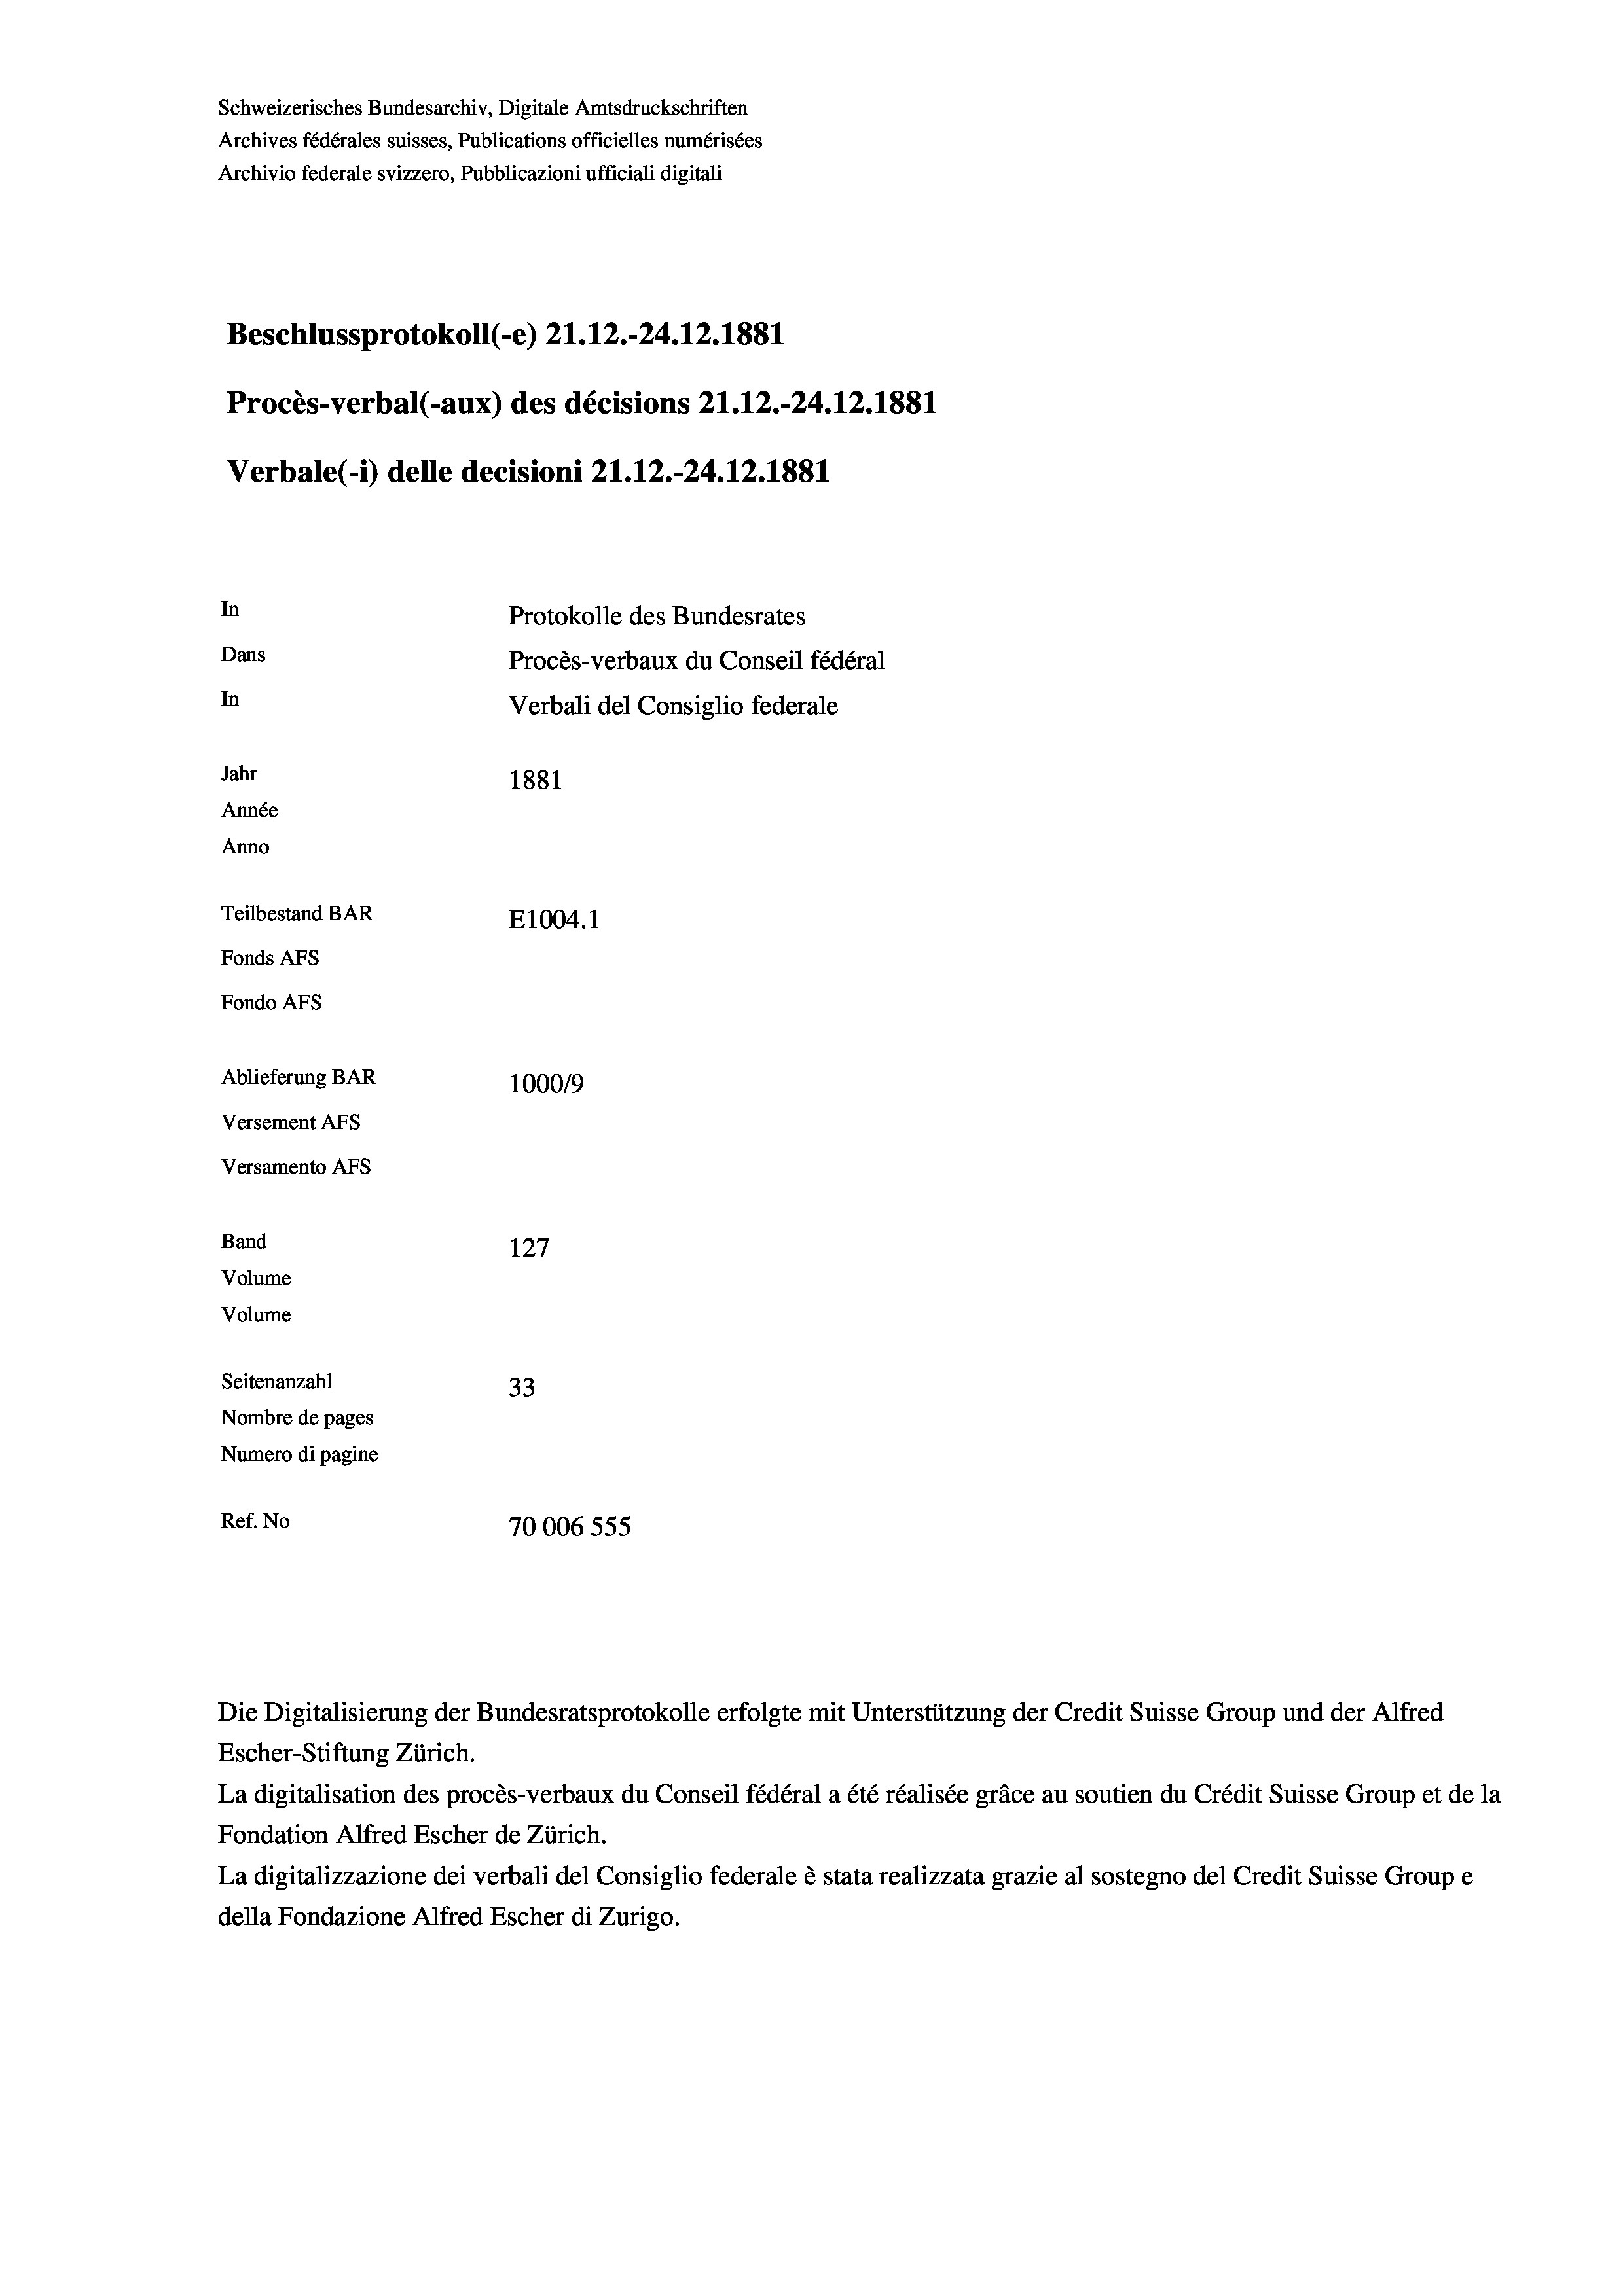
Schweizerisches Bundesarchiv, Digitale Amtsdruckschriften
Archives fédérales suisses, Publications officielles numérisées
Archivio federale svizzero, Pubblicazioni ufficiali digitali
Beschlussprotokoll (-e) 21.12.-24.12.1881
In
Protokolle des Bundesrates
Dans
Procès-verbaux du Conseil fédéral
In
Verbali del Consiglio federale
Jahr
1881
Année
Anno
Teilbestand BAR
E1004. 1
Fonds AFs
Fondo AFS
Ablieferung BAR
100019
Versement AFs
Versamento Afs

127
Seitenanzahl
33
Nombre de pages
Numero di pagine
Ref. No
70006 555

Verbale (- 1) delle decisioni 21.12.-24.12.1881

Band
Volume
Volume

Procès-verbal (-aux) des décisions 21.12.-24.12.1881

Escher-Stiftung Zürich.
La digitalisation des procès-verbaux du Conseil fédéral a été réalisée gräce au soutien du Crédit Suisse Group et de la
Fondation Alfred Escher de Zürich.
La digitalizzazione dei verbali del Consiglio federale è stata realizzata grazie al sostegno del Credit Suisse Groupe
della Fondazione Alfred Escher di Zurigo.

Die Digitalisierung der Bundesratsprotokolle erfolgte mit Unterstützung der Credit Suisse Group und der Alfred